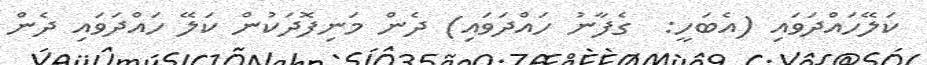
ކަލޭހައްދަވައި (އެބަހީ:  ގެފާނު ހައްދަވައި) ދެން މަނިފޮދަކުން ކަލޭ ހައްދަވައި ދެން